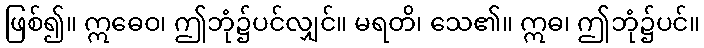
ဖြစ်၍။ ဣဓေဝ၊ ဤဘုံ၌ပင်လျှင်။ မရတိ၊ သေ၏။ ဣဓ၊ ဤဘုံ၌ပင်။